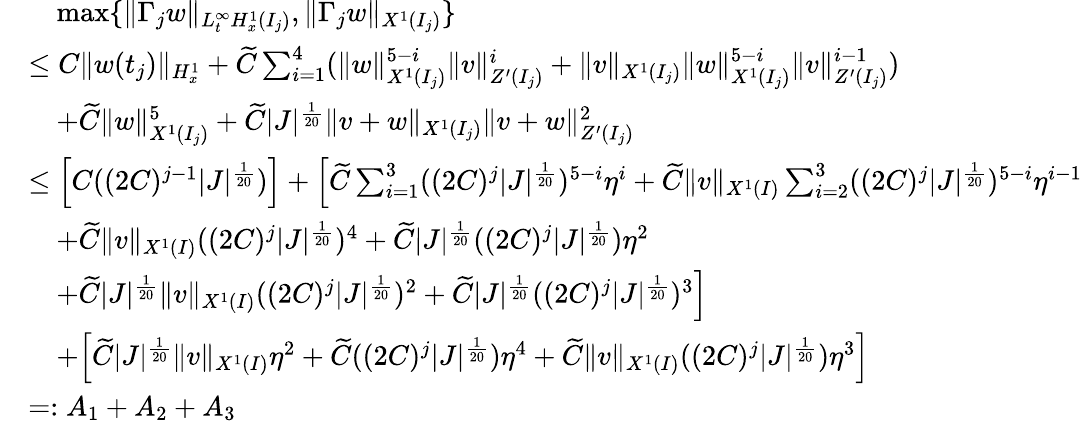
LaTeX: \begin{array}{rl}&{\quad\operatorname*{max}\{ \| \Gamma_{j}w\| _{L_{t}^{\infty}H_{x}^{1}(I_{j})},\| \Gamma_{j}w\| _{X^{1}(I_{j})}\} }\\ &{\leq C\| w(t_{j})\| _{H_{x}^{1}}+\widetilde{C}\sum_{i=1}^{4}(\| w\| _{X^{1}(I_{j})}^{5-i}\| v\| _{Z^{\prime}(I_{j})}^{i}+\| v\| _{X^{1}(I_{j})}\| w\| _{X^{1}(I_{j})}^{5-i}\| v\| _{Z^{\prime}(I_{j})}^{i-1})}\\ &{\quad+\widetilde{C}\| w\| _{X^{1}(I_{j})}^{5}+\widetilde{C}|J|^{\frac{1}{20}}\| v+w\| _{X^{1}(I_{j})}\| v+w\| _{Z^{\prime}(I_{j})}^{2}}\\ &{\leq\Big[C((2C)^{j-1}|J|^{\frac{1}{20}})\Big]+\Big[\widetilde{C}\sum_{i=1}^{3}((2C)^{j}|J|^{\frac{1}{20}})^{5-i}\eta^{i}+\widetilde{C}\| v\| _{X^{1}(I)}\sum_{i=2}^{3}((2C)^{j}|J|^{\frac{1}{20}})^{5-i}\eta^{i-1}}\\ &{\quad+\widetilde{C}\| v\| _{X^{1}(I)}((2C)^{j}|J|^{\frac{1}{20}})^{4}+\widetilde{C}|J|^{\frac{1}{20}}((2C)^{j}|J|^{\frac{1}{20}})\eta^{2}}\\ &{\quad+\widetilde{C}|J|^{\frac{1}{20}}\| v\| _{X^{1}(I)}((2C)^{j}|J|^{\frac{1}{20}})^{2}+\widetilde{C}|J|^{\frac{1}{20}}((2C)^{j}|J|^{\frac{1}{20}})^{3}\Big]}\\ &{\quad+\Big[\widetilde{C}|J|^{\frac{1}{20}}\| v\| _{X^{1}(I)}\eta^{2}+\widetilde{C}((2C)^{j}|J|^{\frac{1}{20}})\eta^{4}+\widetilde{C}\| v\| _{X^{1}(I)}((2C)^{j}|J|^{\frac{1}{20}})\eta^{3}\Big]}\\ &{=:A_{1}+A_{2}+A_{3}}\end{array}